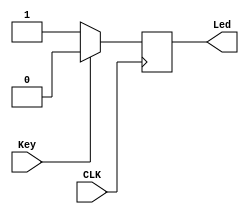
`timescale 1ns / 1ps
//////////////////////////////////////////////////////////////////////////////////
// Company: Sun Yat-Sen University
// 
// Module Name: PressKey
// Project Name: SingleCPU
// Target Devices: Basys3
// Tool Versions: Vivado 2015.3
// Description: 
//
// Dependencies: 
// 
// Revision:
// Revision 0.01 - File Created
// Additional Comments:
// 
//////////////////////////////////////////////////////////////////////////////////

module PressKey(
    input CLK,  //
    input Key,  //
    output Led  //
    );

    reg led = 0;
    always @(posedge CLK) begin
        if (!Key) begin
            led <= 1;
        end
        else begin
            led <= 0;
        end
    end

    assign Led = led;
endmodule